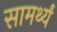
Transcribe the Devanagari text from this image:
सामर्थ्यं